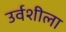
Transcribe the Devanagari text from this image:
उर्वशीला